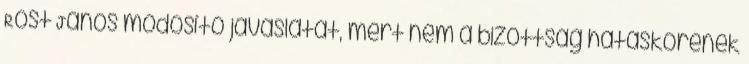
Röst János módosító javaslatát, mert nem a bizottság hatáskörének